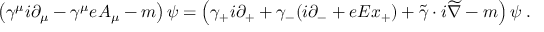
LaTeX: \left( \gamma ^ { \mu } i \partial _ { \mu } - \gamma ^ { \mu } e A _ { \mu } - m \right) \psi = \left( \gamma _ { + } i \partial _ { + } + \gamma _ { - } ( i \partial _ { - } + e E x _ { + } ) + \widetilde { \gamma } \cdot i \widetilde { \nabla } - m \right) \psi \; .